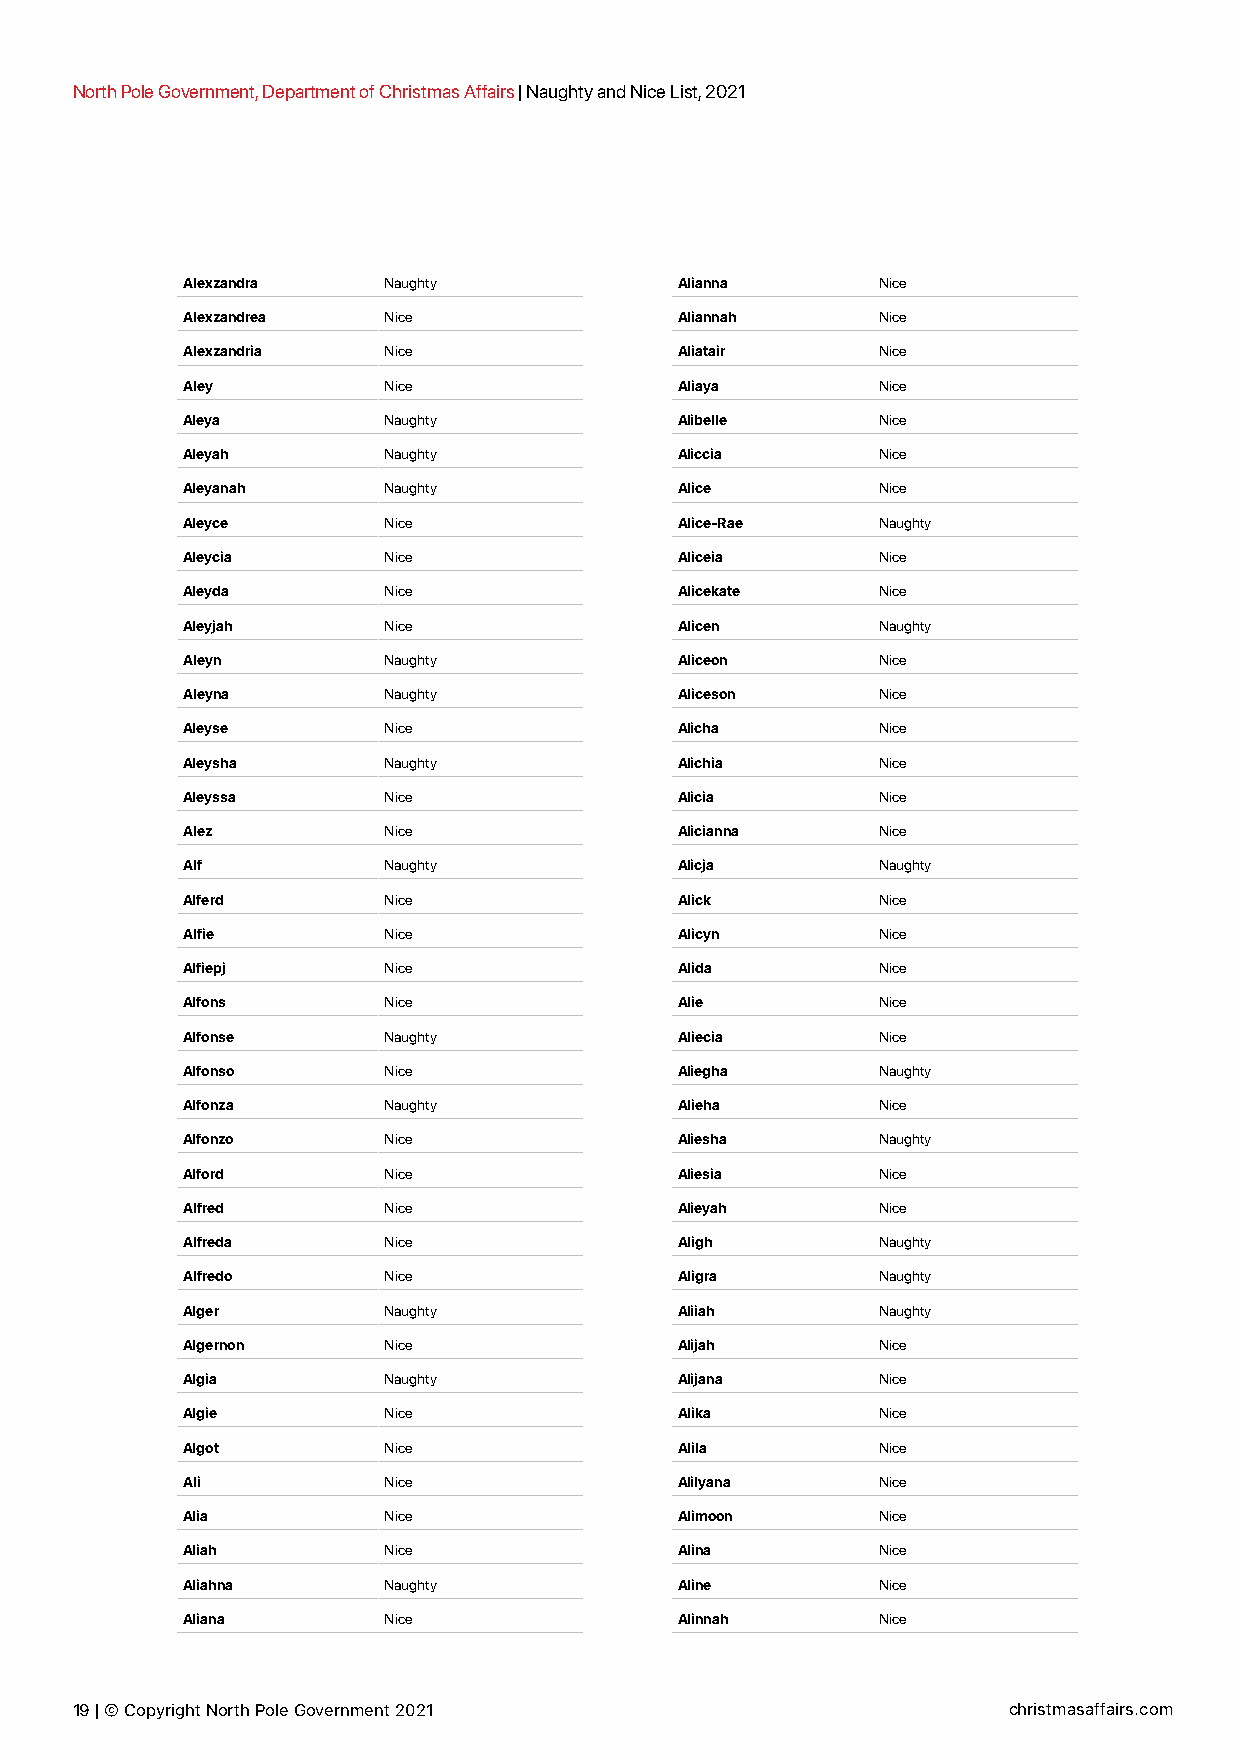
North Pole Government, Department of Christmas Affairs | Naughty and Nice List, 2021
 Alexzandra   Naughty             Alianna      Nice
 Alexzandrea  Nice                Aliannah     Nice
 Alexzandria  Nice                Aliatair     Nice
 Aley         Nice                Aliaya       Nice
 Aleya        Naughty             Alibelle     Nice
 Aleyah       Naughty             Aliccia      Nice
 Aleyanah     Naughty             Alice        Nice
 Aleyce       Nice                Alice-Rae    Naughty
 Aleycia      Nice                Aliceia      Nice
 Aleyda       Nice                Alicekate    Nice
 Aleyjah      Nice                Alicen       Naughty
 Aleyn        Naughty             Aliceon      Nice
 Aleyna       Naughty             Aliceson     Nice
 Aleyse       Nice                Alicha       Nice
 Aleysha      Naughty             Alichia      Nice
 Aleyssa      Nice                Alicia       Nice
 Alez         Nice                Alicianna    Nice
 Alf          Naughty             Alicja       Naughty
 Alferd       Nice                Alick        Nice
 Alfie        Nice                Alicyn       Nice
 Alfiepj      Nice                Alida        Nice
 Alfons       Nice                Alie         Nice
 Alfonse      Naughty             Aliecia      Nice
 Alfonso      Nice                Aliegha      Naughty
 Alfonza      Naughty             Alieha       Nice
 Alfonzo      Nice                Aliesha      Naughty
 Alford       Nice                Aliesia      Nice
 Alfred       Nice                Alieyah      Nice
 Alfreda      Nice                Aligh        Naughty
 Alfredo      Nice                Aligra       Naughty
 Alger        Naughty             Aliiah       Naughty
 Algernon     Nice                Alijah       Nice
 Algia        Naughty             Alijana      Nice
 Algie        Nice                Alika        Nice
 Algot        Nice                Alila        Nice
 Ali          Nice                Alilyana     Nice
 Alia         Nice                Alimoon      Nice
 Aliah        Nice                Alina        Nice
 Aliahna      Naughty             Aline        Nice
 Aliana       Nice                Alinnah      Nice
 19 | © Copyright North Pole Government 2021                   christmasaffairs.com